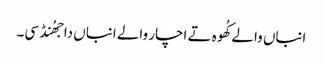
انباں والے کُھوہ تے اچار والے انباں دا جھُنڈ سی۔